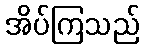
အိပ်ကြသည်